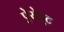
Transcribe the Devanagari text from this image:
ऐरोपुट